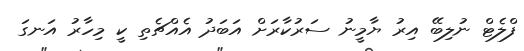
ފްލެޓް ނުލިބޭ އިރު ޔާމީނު ސަރުކާރަށް އަަބަދު އެއްޗެތި ކީ މިހާރު އަނގަ